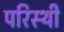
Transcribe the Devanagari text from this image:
परिस्थी